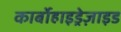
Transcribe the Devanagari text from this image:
कार्बोहाइड्रेज़ाइड